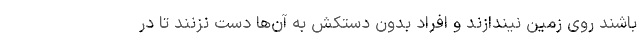
باشند روی زمین نیندازند و افراد بدون دستکش به آن‌ها دست نزنند تا در